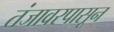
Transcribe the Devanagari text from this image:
तंजावरपासून